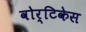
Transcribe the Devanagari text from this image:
वोर्टिकेस